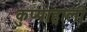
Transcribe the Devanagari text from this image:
कुप्पाहाली